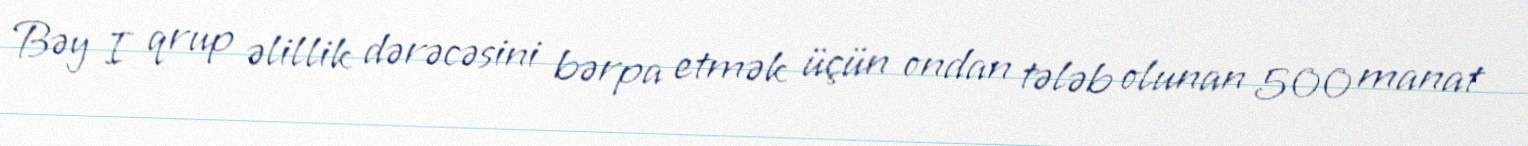
Bəy I qrup əlillik dərəcəsini bərpa etmək üçün ondan tələb olunan 500 manat